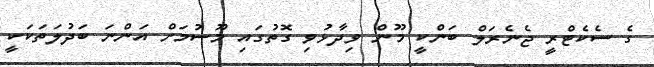
ގެ ސެކެޓްރީ ޖެނެރަލް ބަންކީ މޫން ވިދާޅުވި ގޮތުގައި މޫސުމަށް އަންނަ ބަދުލަތަކަކީ